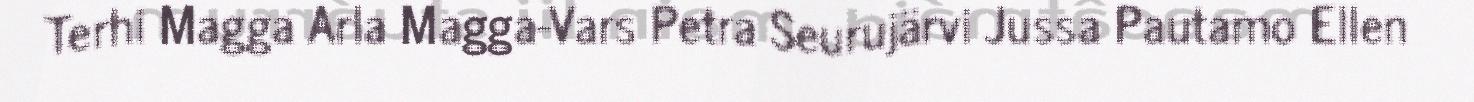
Terhi Magga Arla Magga-Vars Petra Seurujärvi Jussa Pautamo Ellen